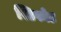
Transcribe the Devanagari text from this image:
स्टिफोट